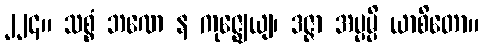
၂၂၄။ သစ္စံ ဘဏေ န ကုဇ္ဈေယျ၊ ဒဇ္ဇာ အပ္ပမ္ပိ ယာစိတော။